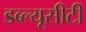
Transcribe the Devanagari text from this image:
डब्ल्यूसीटी